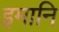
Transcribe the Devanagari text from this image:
इमानि